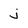
Character: j